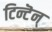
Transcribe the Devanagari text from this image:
टिन्टॆन्